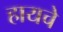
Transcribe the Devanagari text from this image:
हायचे